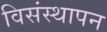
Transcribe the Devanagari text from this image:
विसंस्थापन